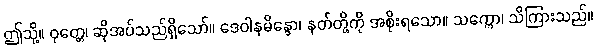
ဤသို့။ ဝုတ္တေ၊ ဆိုအပ်သည်ရှိသော်။ ဒေဝါနမိန္ဒော၊ နတ်တို့ကို အစိုးရသော။ သက္ကော၊ သိကြားသည်။